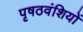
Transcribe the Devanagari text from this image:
पृषठवंशियों